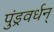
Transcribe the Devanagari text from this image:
पुंड्रवर्धन्